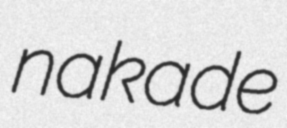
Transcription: nakade